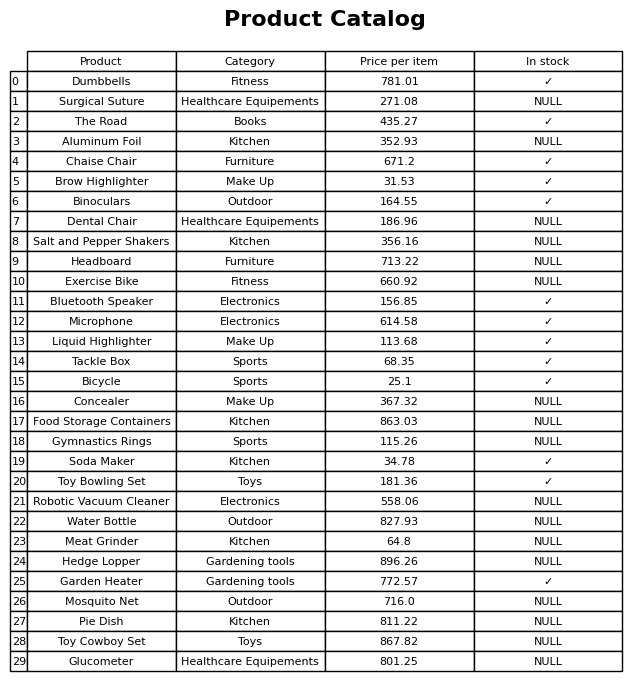
question: Is the Soda Maker in stock?
answer: ✓